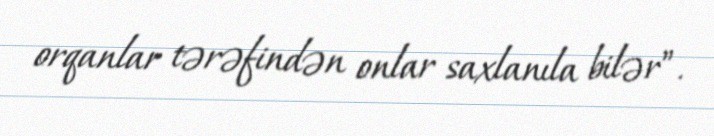
orqanlar tərəfindən onlar saxlanıla bilər”.